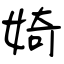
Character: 婍